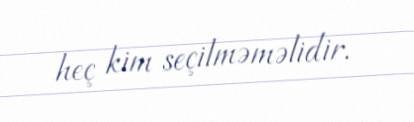
heç kim seçilməməlidir.